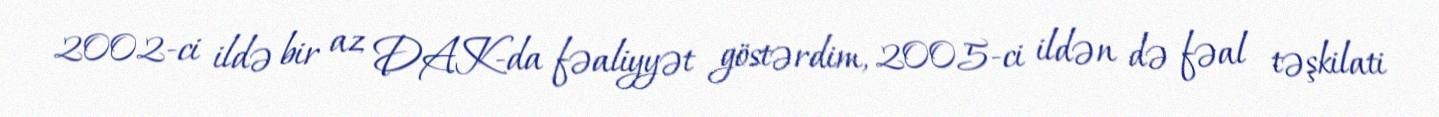
2002-ci ildə bir az DAK-da fəaliyyət göstərdim, 2005-ci ildən də fəal təşkilati